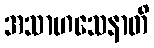
အသာဟသေနာတိ